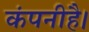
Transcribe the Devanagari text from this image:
कंपनीहै।